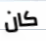
كان